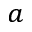
^ { a }